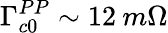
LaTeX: \Gamma_{c0}^{PP}\sim 12\: m\Omega